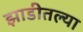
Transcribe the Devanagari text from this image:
झाडीतल्या